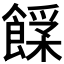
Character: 𩝰